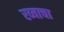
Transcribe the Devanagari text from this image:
रव्याचा